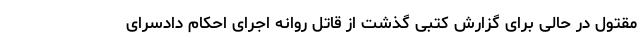
مقتول در حالی برای گزارش کتبی گذشت از قاتل روانه اجرای احکام دادسرای